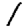
Digit: 1